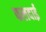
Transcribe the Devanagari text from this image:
फलदाई